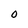
Character: 0